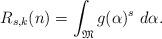
LaTeX: \begin{align*}R_{s,k}(n) = \int_{ \mathfrak{M} } g(\alpha)^s \ d \alpha.\end{align*}